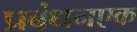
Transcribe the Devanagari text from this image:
प्रबंधनएक